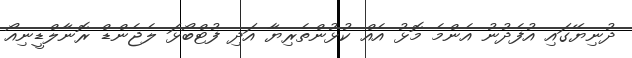
ދުނިޔޭގައި އުފެދުނު އެންމެ މޮޅު އެއް ކުޅުންތެރިޔާ އަދި ފުޓްބޯޅަ ލެޖެންޑް ރޮނާލްޑީނިއޯ